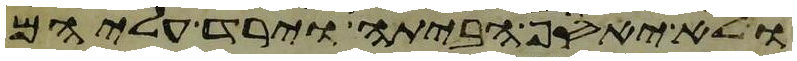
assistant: ולא יאסף הביתה וירד עליהם